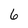
Character: 6